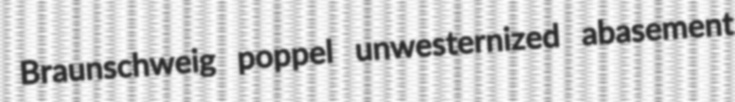
Braunschweig poppel unwesternized abasement